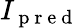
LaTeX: I_{\mathrm{~p~r~e~d~}}